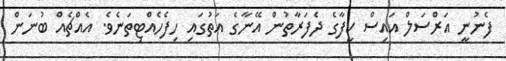
ފެނުނީ އަރްސަލް އައިސް ކީފާގެ ދެފަރާތުން އޭނާގެ އަތުގައި ހިފެހެއްޓިތަނެވެ. އެއްޗެއް ބުނަން